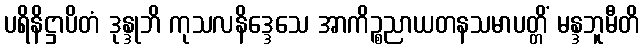
ပရိနိဋ္ဌာပိတံ ဒုန္ဒုဘိ ကုသလနိဒ္ဒေသေ အာကိဉ္စညာယတနသမာပတ္တိံ မန္ဒဘူမီတိ